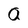
Character: Q